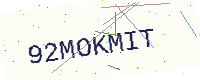
Text: 92MOKMIT